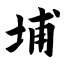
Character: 埔